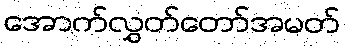
အောက်လွှတ်တော်အမတ်